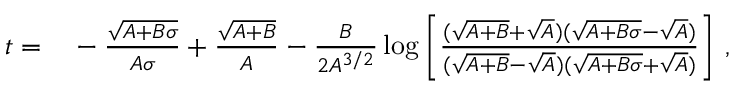
\begin{array} { r l } { t = } & { { } - \frac { \sqrt { A + B \sigma } } { A \sigma } + \frac { \sqrt { A + B } } { A } - \frac { B } { 2 A ^ { 3 / 2 } } \log \left[ \frac { ( \sqrt { A + B } + \sqrt { A } ) ( \sqrt { A + B \sigma } - \sqrt { A } ) } { ( \sqrt { A + B } - \sqrt { A } ) ( \sqrt { A + B \sigma } + \sqrt { A } ) } \right] \, , } \end{array}